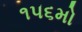
૧૫૬મો